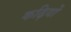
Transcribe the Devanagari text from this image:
कढ़ियों